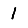
Digit: 1